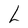
Character: L